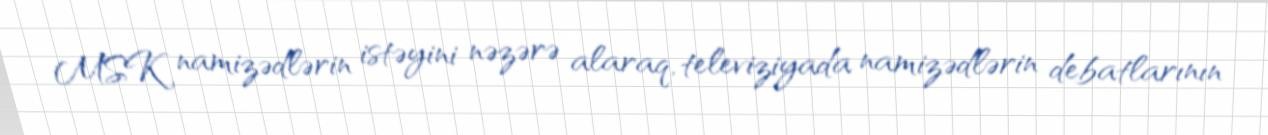
MSK namizədlərin istəyini nəzərə alaraq, televiziyada namizədlərin debatlarının